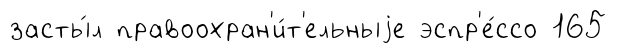
засты́л правоохран'и́т'ельныjе эспр'е́ссо 165